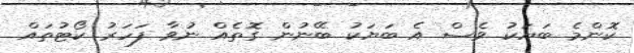
ކޮންމެ ބަޔަކު ވެސް އެ ބަޔަކު ބޭނުން ގޮތެއް ނުވާ ފަހަރު ކޯޓުތައް